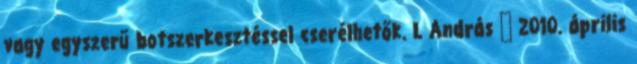
vagy egyszerű botszerkesztéssel cserélhetők. L András → 2010. április